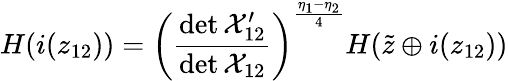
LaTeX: H(i(z_{12}))=\left(\frac{\operatorname*{det}{\cal X}_{12}^{\prime}}{\operatorname*{det}{\cal X}_{12}}\right)^{\frac{\eta_{1}-\eta_{2}}{4}}H(\tilde{z}\oplus i(z_{12}))